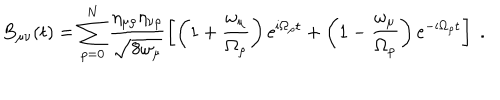
B _ { \mu \nu } ( t ) = \sum _ { \rho = 0 } ^ { N } \frac { \eta _ { \mu \rho } \eta _ { \nu \rho } } { \sqrt { 8 \omega _ { \mu } } } \left[ \left( 1 + \frac { \omega _ { \mu } } { \Omega _ { \rho } } \right) \mathrm { e } ^ { i \Omega _ { \rho } t } + \left( 1 - \frac { \omega _ { \mu } } { \Omega _ { \rho } } \right) \mathrm { e } ^ { - i \Omega _ { \rho } t } \right] \; .